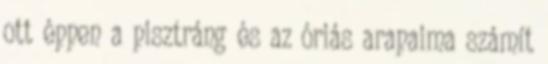
ott éppen a pisztráng és az óriás arapaima számít